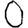
Digit: 0